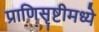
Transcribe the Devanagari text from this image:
प्राणिसृष्टीमध्ये